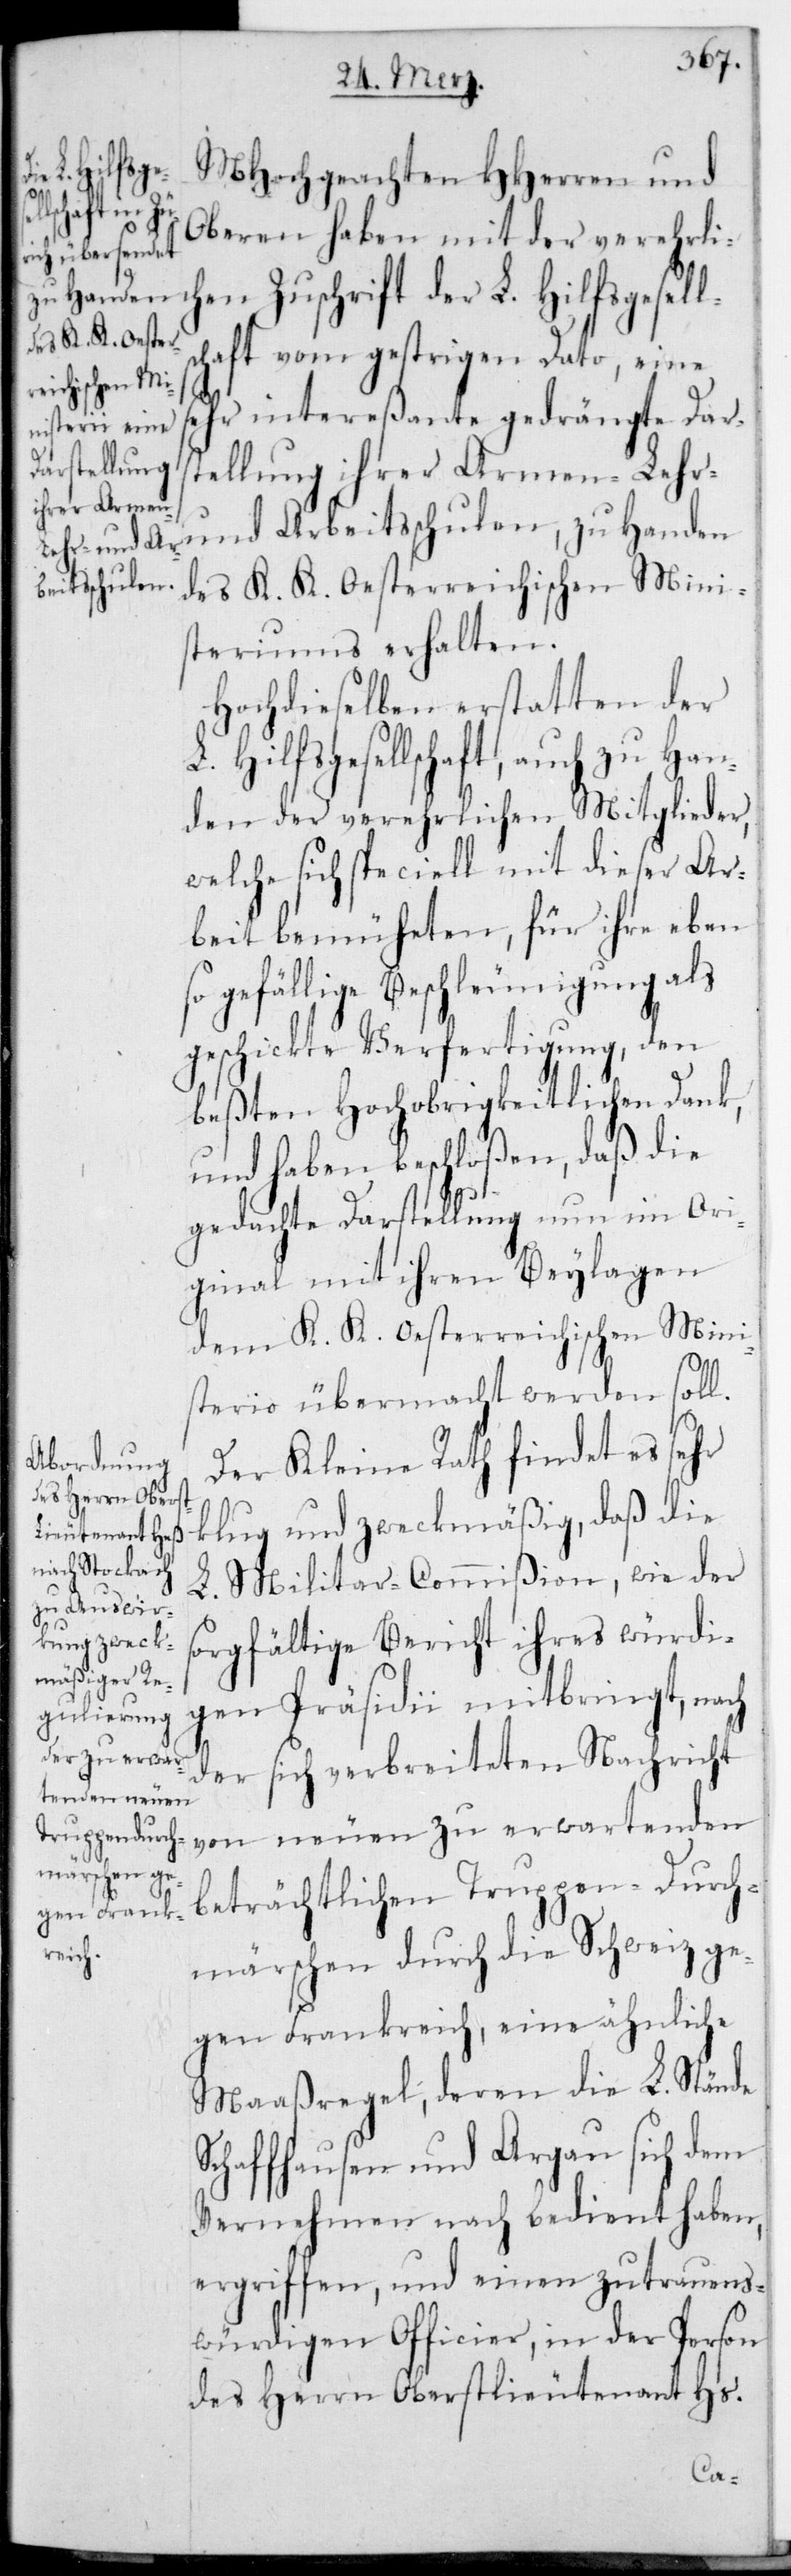
MHochgeachten HHerren und
Oberen haben mit der verehrli¬
chen Zuschrift der L. Hilfsgesell¬
schaft vom gestrigen Dato, eine
sehr intereßante gedrängte Dar¬
stellung ihrer Armen-, Leh¬
r- und Arbeitsschulen, zu Handen
des K. K. Oesterreichischen Mini¬
steriums erhalten.
Hochdieselben erstatten der
L. Hilfsgesellschaft, auch zu Han¬
den der verehrlichen Mitglieder,
welche sich speciell mit dieser Ar¬
beit bemüheten, für ihre eben¬
so gefällige Beschleunigung als
geschickte Verfertigung, den
beßten Hochobrigkeitlichen Dank,
und haben beschloßen, daß die
gedachte Darstellung nun im Ori¬
ginal mit ihren Beylagen
dem K. K. Oesterreichischen Mini¬
sterio übermacht werden soll.
Der Kleine Rath findet es sehr
klug und zweckmäßig, daß die
L. Militar-Commißion, wie der
sorgfältige Bericht ihres würdi¬
gen Präsidii mitbringt, nach
der sich verbreiteten Nachricht
von neuen zu erwartenden
beträchtlichen Truppen-Durch¬
märschen durch die Schweiz ge¬
gen Frankreich, eine ähnliche
Maaßregel, deren die L. Stände
Schaffhausen und Argau sich dem
Vernehmen nach bedient haben,
ergriffen, und einen zutrauens¬
würdigen Officier, in der Person
des Herrn Oberstlieutenant Hs.